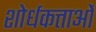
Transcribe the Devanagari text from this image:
शोर्धकत्ताओं